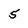
Character: 5